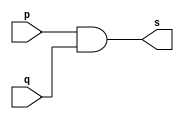
// ---------------------
// Guia01_09 - AND com 3 entradas usando modulo com 2 entradas
// Nome: Bruno Cezar Andrade Viallet
// ---------------------

// ---------------------
// -- and gate
// ---------------------

module andgate (s, p, q);
 output s;
 input  p, q;

 assign s = (p & q);

endmodule // andgate

// ---------------------
// -- and3 gate
// ---------------------

module and3gate (s, p, q, r);
 output s;
 input  p, q, r;
 wire s1;

 andgate AND1 (s1, p, q);
 andgate AND2 (s, r, s1);
 
endmodule // and3gate

// ---------------------
// -- test and gate
// ---------------------

module testandgate;
 reg   a, b, c;
 wire  s;
          // instancia
 and3gate AND1 (s, a, b, c);
          // parte principal
 initial begin
      a=0; b=0; c=0;
      $display("Guia01_09 - Bruno Cezar Andrade Viallet - 396679");
      $display("Test AND gate");
      $display("\n(a & b & c) = s\n");
		$monitor("(%b & %b & %b)= %b", a, b, c, s);
 #1   a=0; b=0; c=1;
 #1   a=0; b=1; c=0;
 #1   a=0; b=1; c=1;
 #1   a=1; b=0; c=0;
 #1   a=1; b=0; c=1;
 #1   a=1; b=1; c=0;
 #1   a=1; b=1; c=1;
 end

endmodule // testandgate